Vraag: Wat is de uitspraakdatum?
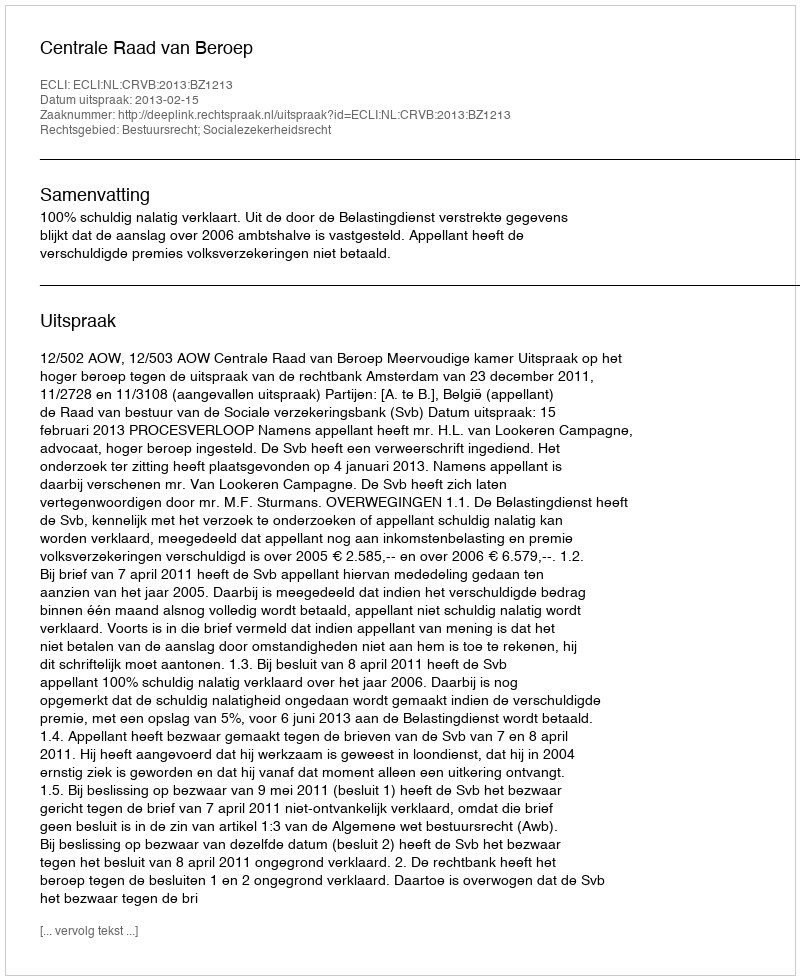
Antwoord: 2013-02-15